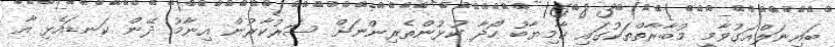
ބައިނަލްއަގުވާމީ މުބާރާތްތަކުގައި ކާމިޔާބު ހޯދާ ކުޅުންތެރިންނަށް ސަރުކާރުން އިނާމު ދޭން ކަނޑައެޅި އާ